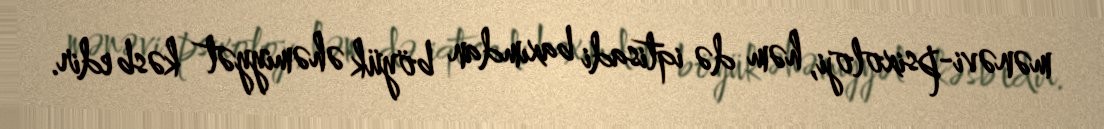
mənəvi-psixoloji, həm də iqtisadi baxımdan böyük əhəmiyyət kəsb edir.